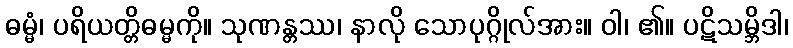
ဓမ္မံ၊ ပရိယတ္တိဓမ္မကို။ သုဏန္တဿ၊ နာလို သောပုဂ္ဂိုလ်အား။ ဝါ၊ ၏။ ပဋိသမ္ဘိဒါ၊